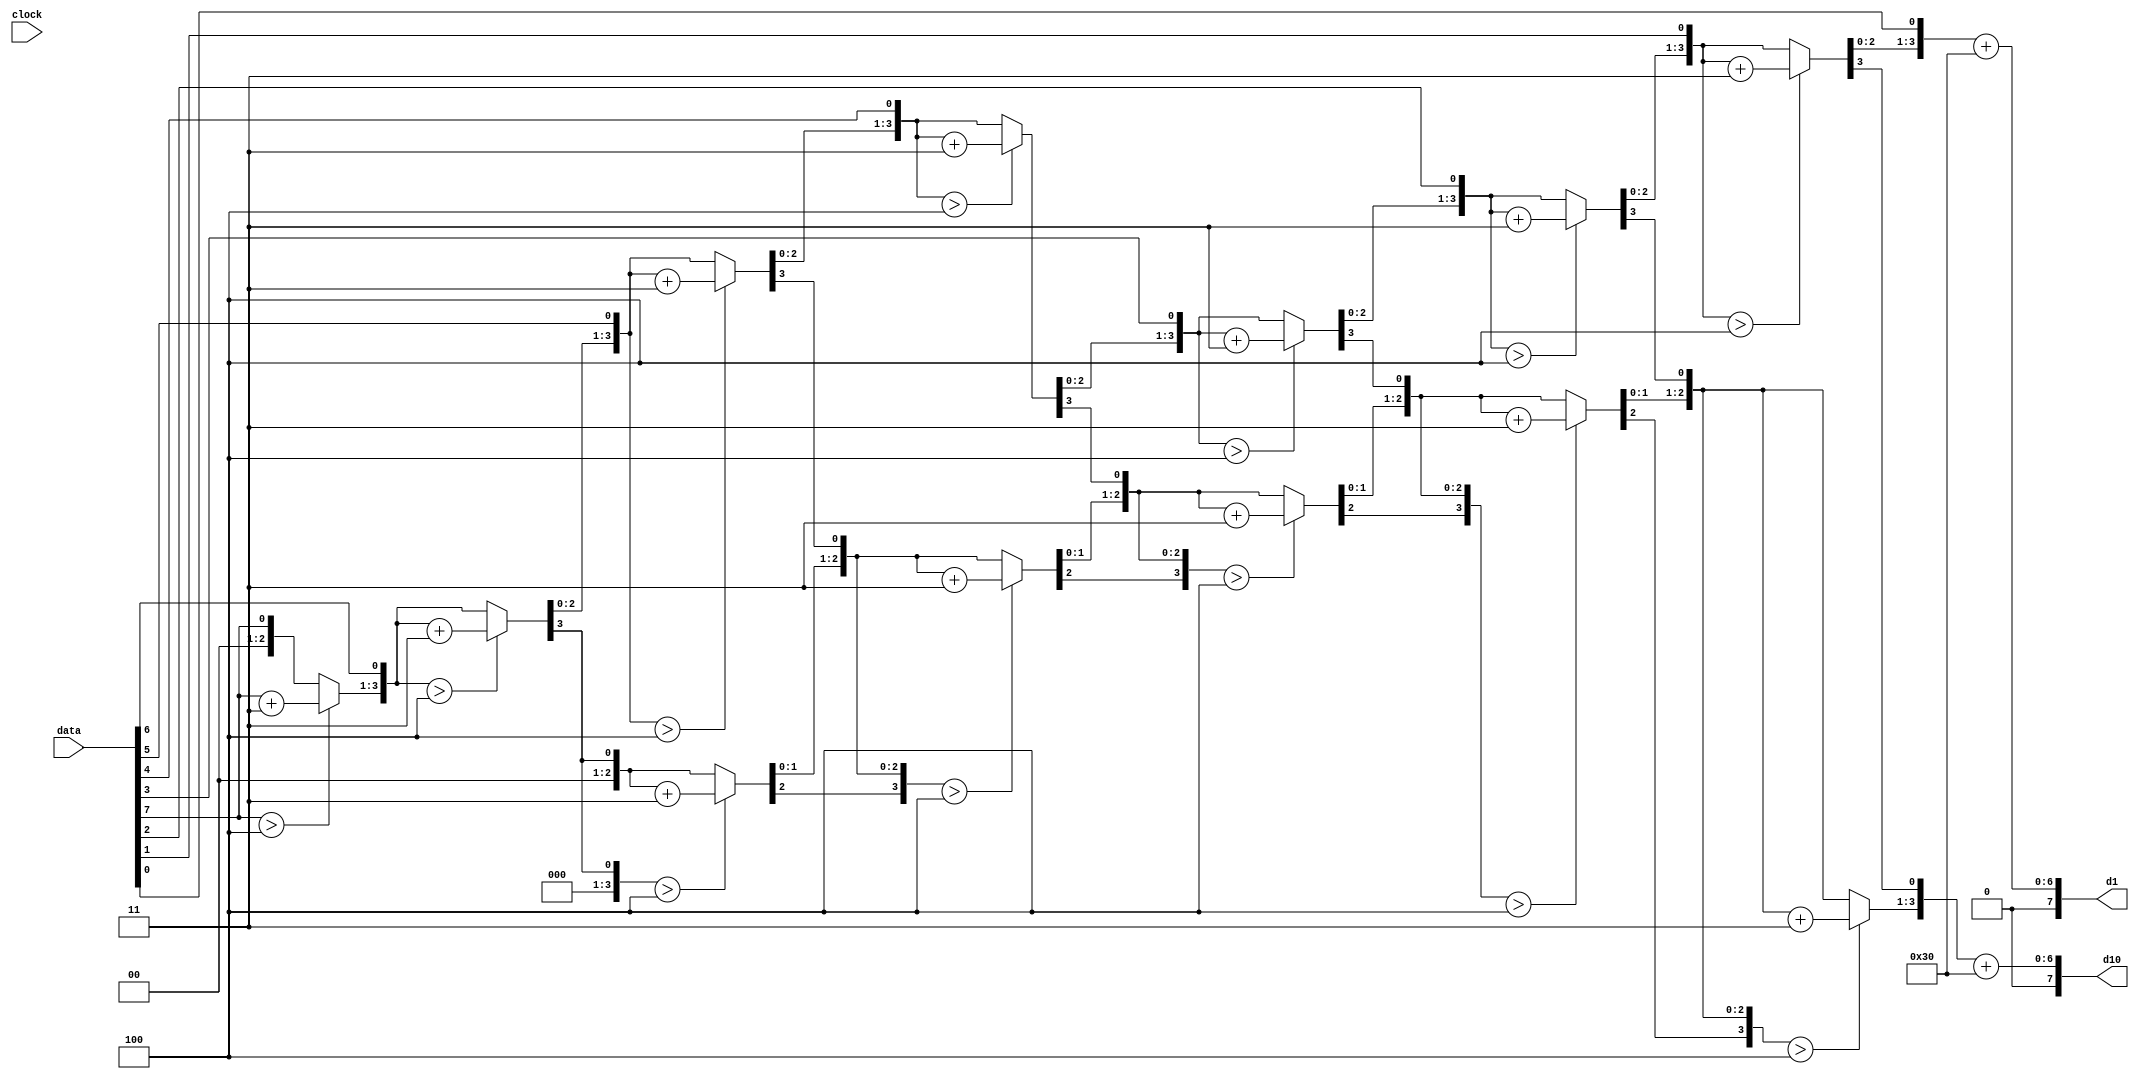
`timescale 1ns / 1ps
//////////////////////////////////////////////////////////////////////////////////
// Company: 
// 
// Design Name: 
// Module Name:    bcd_ascii 
// Project Name: 
// Target Devices: 
// Tool versions: 
// Description: converts 8 digit binary number to binary coded decimal (BCD) 
//				using the double dabble algorithm, outputs digits in ASCII
//
// Dependencies: 
//
// Revision: 
// Revision 0.01 - File Created
// Additional Comments: 
//
//////////////////////////////////////////////////////////////////////////////////
module bcd_ascii(
    input clock,			// clock
    input [7:0] data,		// binary input number
    output [7:0] d1,		// decimal 1's place in ASCII
    output [7:0] d10		// decimal 10's place in ASCII
    );
	
	parameter [5:0] ASCII_OFFSET = 48;
    reg [11:0] bcd; 
	integer ii; 
	
     
	// double dabble algorithm
    always @(clock) begin
		//initialize bcd to zero.
		bcd = 0; 
		for (ii = 0; ii < 8; ii = ii+1) begin
			bcd = {bcd[10:0],data[7-ii]};
				
			//if a hex digit of 'bcd' is more than 4, add 3 to it.  
			if(ii < 7 && bcd[3:0] > 4) 
				bcd[3:0] = bcd[3:0] + 3;
			if(ii < 7 && bcd[7:4] > 4)
				bcd[7:4] = bcd[7:4] + 3;
			if(ii < 7 && bcd[11:8] > 4)
				bcd[11:8] = bcd[11:8] + 3;
        end
	end 
	
	assign d1 = bcd[3:0] + ASCII_OFFSET;
	assign d10 = bcd[7:4] + ASCII_OFFSET;

endmodule